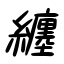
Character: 纏